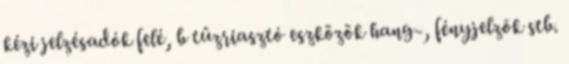
kézi jelzésadók felé, b tûzriasztó eszközök hang-, fényjelzõk stb.